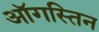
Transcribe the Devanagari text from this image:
ऑगस्तिन